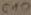
Text: C10